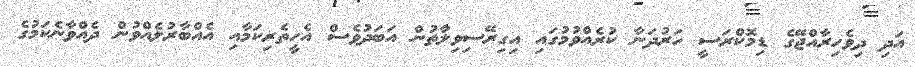
އަދި ދިވެހިރާއްޖޭގެ ޑިމޮކްރަސީ ހަރުދަނާ ކުރެއްވުމުގައި އިގިރޭސިވިލާުތުން އަބަދުވެސް އެހީތެރިކަމާއި އެއްބާރުލެއްވުން ދެއްވާނެކަމުގެ